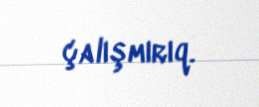
çalışmırıq.